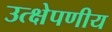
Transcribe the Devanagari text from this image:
उत्क्षेपणीय